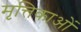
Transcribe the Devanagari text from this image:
मृत्तिकाओं